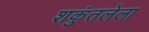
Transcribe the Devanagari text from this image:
शकुंतलेला